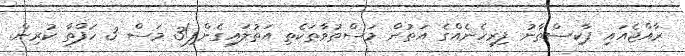
ރާއްޖެއައި ޕާކިސްތާނު ފިރިހެނެއްގެ އަތުން މަސްތުވާތަކެތި އަތުލައިގެންފި!3 މަސް 3 ހަފްތާ ކުރިން.